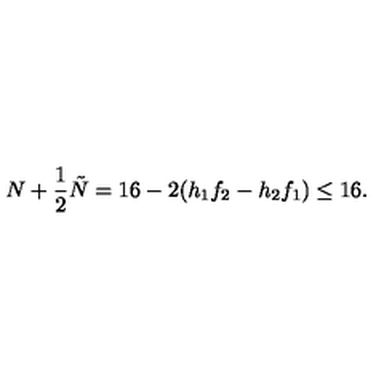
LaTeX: N + \frac { 1 } { 2 } \tilde { N } = 1 6 - 2 ( h _ { 1 } f _ { 2 } - h _ { 2 } f _ { 1 } ) \leq 1 6 .